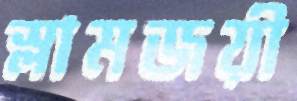
স্লামজয়ী